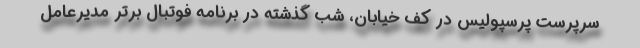
سرپرست پرسپولیس در کف خیابان، شب گذشته در برنامه فوتبال برتر مدیرعامل